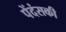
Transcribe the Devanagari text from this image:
पेंदंसकी